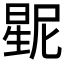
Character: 𱢛